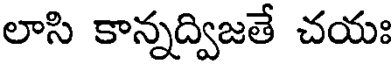
లాసి కాన్నద్విజతే చయః